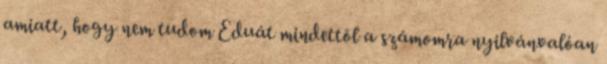
amiatt, hogy nem tudom Eduát mindettõl a számomra nyilvánvalóan